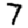
Digit: 7